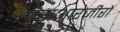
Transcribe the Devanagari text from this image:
एसआरज़ीरो